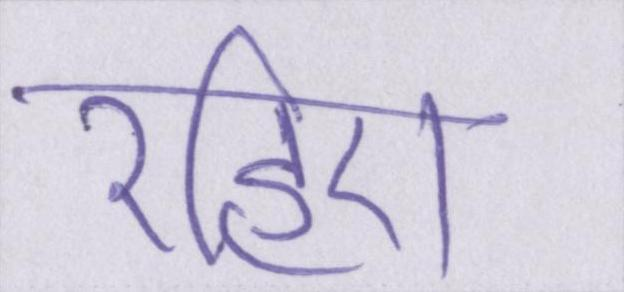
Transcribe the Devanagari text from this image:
रहिए